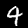
Digit: 4